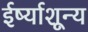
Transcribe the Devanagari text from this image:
ईर्ष्याशून्य